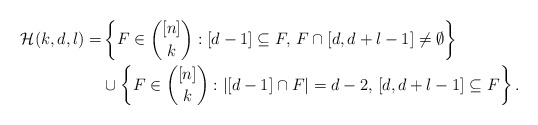
\begin{align*}\begin{aligned}\mathcal H(k,d,l)= &\left\{F\in\binom{[n]}{k}:[d-1]\subseteq F,\, F\cap[d,d+l-1]\neq\emptyset\right\}\\&\cup\left\{F\in\binom{[n]}{k}:|[d-1]\cap F|=d-2,\, [d,d+l-1]\subseteq F\right\}.\end{aligned}\end{align*}